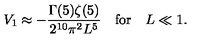
V _ { 1 } \approx - \frac { \Gamma ( 5 ) \zeta ( 5 ) } { 2 ^ { 1 0 } \pi ^ { 2 } L ^ { 5 } } \quad \mathrm { f o r } \quad L \ll 1 .